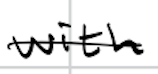
Text: with
Cross-out: mix
Writing tool: digital_black